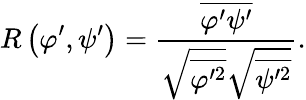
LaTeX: R\left({\varphi}^{\prime},{\psi}^{\prime}\right)=\frac{\overline{{{\varphi}^{\prime}{\psi}^{\prime}}}}{\sqrt{\overline{{{\varphi}^{\prime 2}}}}\sqrt{\overline{{{\psi}^{\prime 2}}}}}.